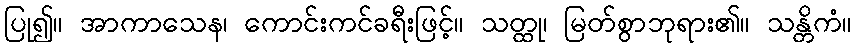
ပြု၍။ အာကာသေန၊ ကောင်းကင်ခရီးဖြင့်။ သတ္ထု၊ မြတ်စွာဘုရား၏။ သန္တိကံ။